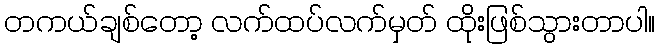
တကယ်ချစ်တော့ လက်ထပ်လက်မှတ် ထိုးဖြစ်သွားတာပါ။